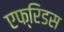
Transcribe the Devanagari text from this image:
एफ्रिडस